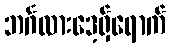
ဘင်္ဂလားဒေ့ရှ်ရောက်